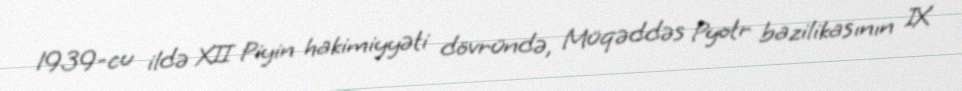
1939-cu ildə XII Piyin hakimiyyəti dövründə, Müqəddəs Pyotr bazilikasının IX